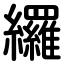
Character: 纙